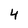
Character: 4